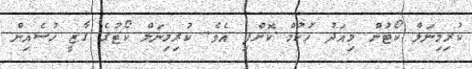
ކުރިމިނަލް ކޯޓުން މިއަދު ހުކުމް ކޮށްފި އެވެ. ކުރިމިނަލް ކޯޓުގެ ގާޒީ ހުސެއިން